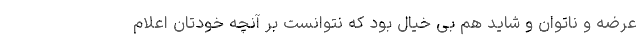
عرضه و ناتوان و شاید هم بی خیال بود که نتوانست بر آنچه خودتان اعلام